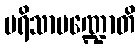
ပရိသာမဏ္ဍောတိ